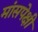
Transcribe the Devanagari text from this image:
मांसपेक्षी